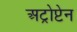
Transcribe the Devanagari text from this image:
अट्रोप्टेन